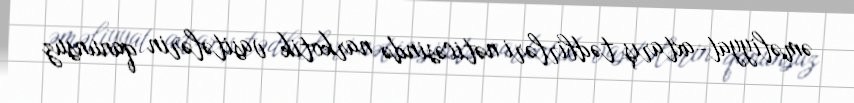
əməliyyat-axtarış tədbirləri nəticəsində narkotik vasitələrin qanunsuz